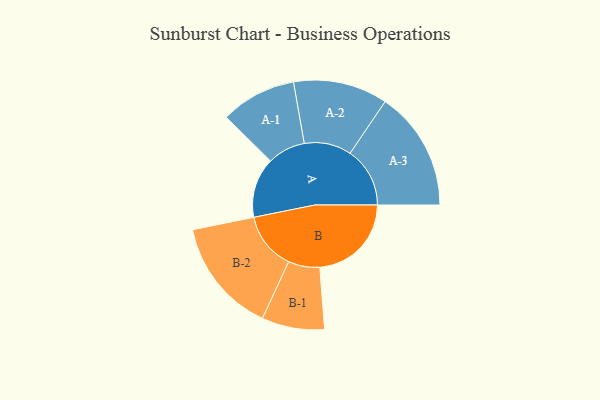
{"axis": {"x": "Segment", "y": "Value"}, "legend": ["", "A", "B"], "data": [{"x": "A", "y": 285, "type": ""}, {"x": "B", "y": 435, "type": ""}, {"x": "A-1", "y": 180, "type": "A"}, {"x": "A-2", "y": 224, "type": "A"}, {"x": "A-3", "y": 284, "type": "A"}, {"x": "B-1", "y": 149, "type": "B"}, {"x": "B-2", "y": 273, "type": "B"}]}